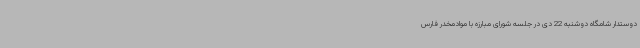
دوستدار شامگاه دوشنبه 22 دی در جلسه شورای مبارزه با موادمخدر فارس